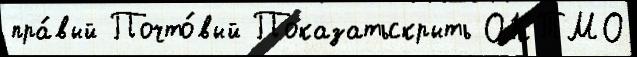
пра́вый Почто́вый Показатьскрыть ОКТМО